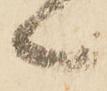
之